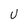
Character: U